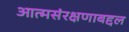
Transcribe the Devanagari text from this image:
आत्मसंरक्षणाबद्दल